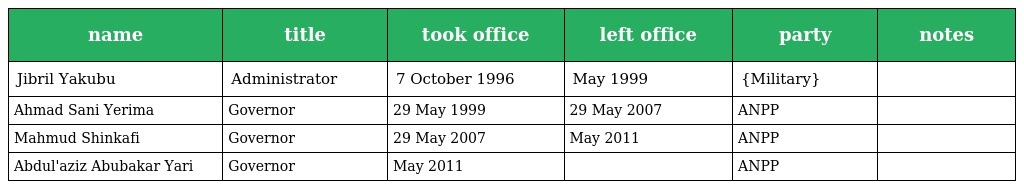
| name | title | took office | left office | party | notes |
 | --- | --- | --- | --- | --- | --- |
 | Jibril Yakubu | Administrator | 7 October 1996 | May 1999 | {Military} |  |
 | Ahmad Sani Yerima | Governor | 29 May 1999 | 29 May 2007 | ANPP |  |
 | Mahmud Shinkafi | Governor | 29 May 2007 | May 2011 | ANPP |  |
 | Abdul'aziz Abubakar Yari | Governor | May 2011 |  | ANPP |  |